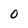
Character: O